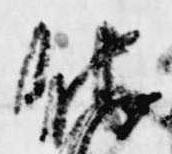
他